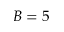
B = 5